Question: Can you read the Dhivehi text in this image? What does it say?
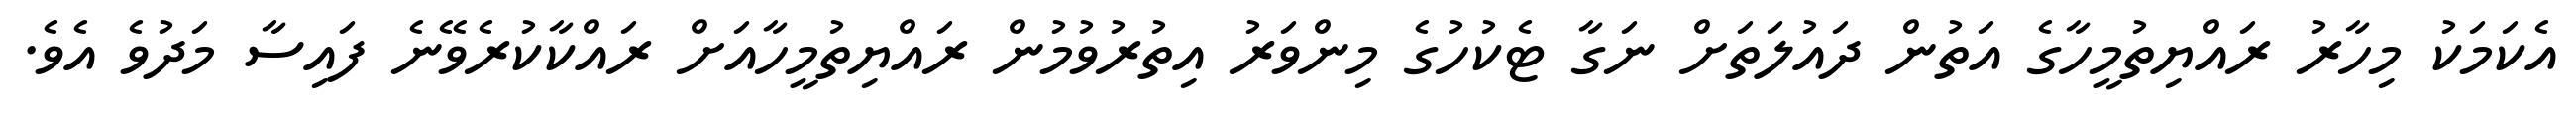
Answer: އެކަމަކު މިހާރު ރައްޔިތުމީހާގެ އަތުން ދައުލަތަށް ނަގާ ޓެކުހުގެ މިންވަރު އިތުރުވުމުން ރައްޔިތުމީހާއަށް ރައްކާކުރެވޭނެ ފައިސާ މަދުވެ އެވެ.